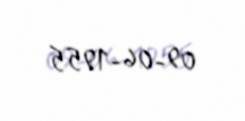
09-06-1955